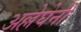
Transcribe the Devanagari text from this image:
अल्लेघेनी